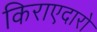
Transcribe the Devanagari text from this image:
किराएदारो